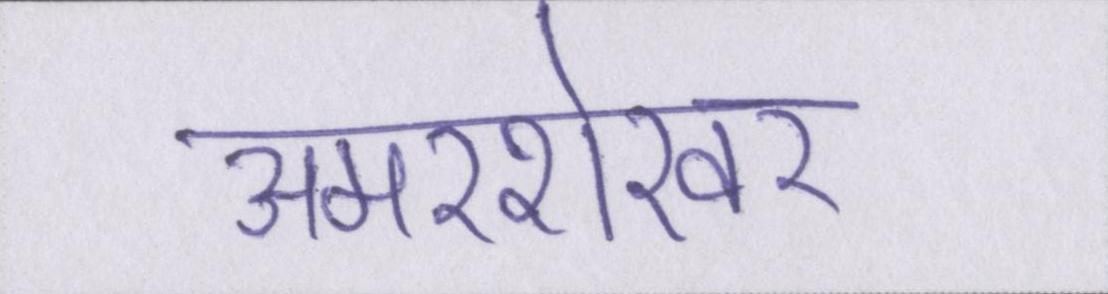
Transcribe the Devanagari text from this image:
अमरशेखर